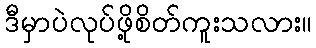
ဒီမှာပဲလုပ်ဖို့စိတ်ကူးသလား။